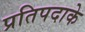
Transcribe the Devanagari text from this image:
प्रतिपदाके